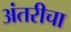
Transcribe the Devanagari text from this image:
अंतरीचा